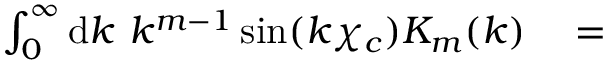
\begin{array} { r l } { \int _ { 0 } ^ { \infty } \mathrm { d } k \ k ^ { m - 1 } \sin ( k \chi _ { c } ) K _ { m } ( k ) } & { { } = } \end{array}